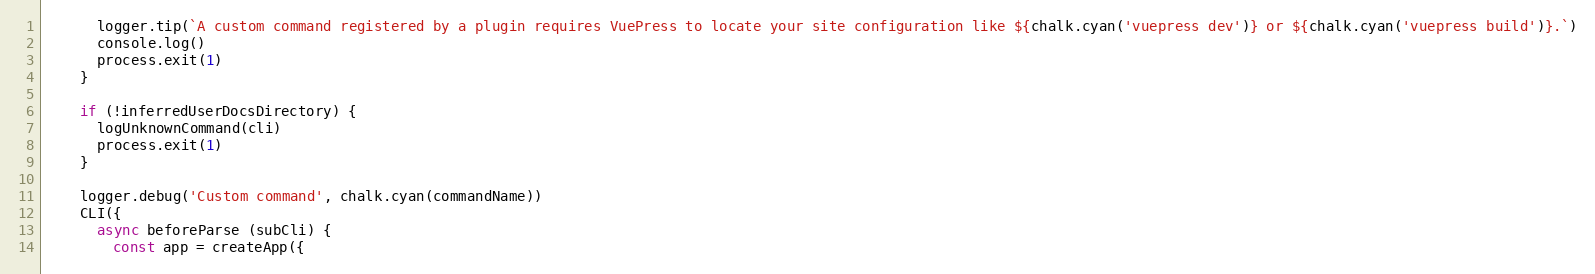
Language: JavaScript
      logger.tip(`A custom command registered by a plugin requires VuePress to locate your site configuration like ${chalk.cyan('vuepress dev')} or ${chalk.cyan('vuepress build')}.`)
      console.log()
      process.exit(1)
    }

    if (!inferredUserDocsDirectory) {
      logUnknownCommand(cli)
      process.exit(1)
    }

    logger.debug('Custom command', chalk.cyan(commandName))
    CLI({
      async beforeParse (subCli) {
        const app = createApp({